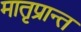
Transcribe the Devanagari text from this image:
मातृप्रान्त